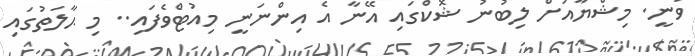
ވަނީ. މިޝްޔާއަށް ލިބުނު ޝޮކްގައި އޭނާ އެ އިންނަނީ މިއުޓްވެފައި.. މި ޙާލަތުގައި